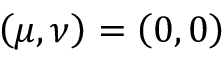
\left( \mu , \nu \right) = \left( 0 , 0 \right)